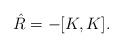
LaTeX: \begin{align*}\hat R=-[K,K].\end{align*}